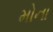
મોના